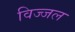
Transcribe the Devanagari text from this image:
विज्जल